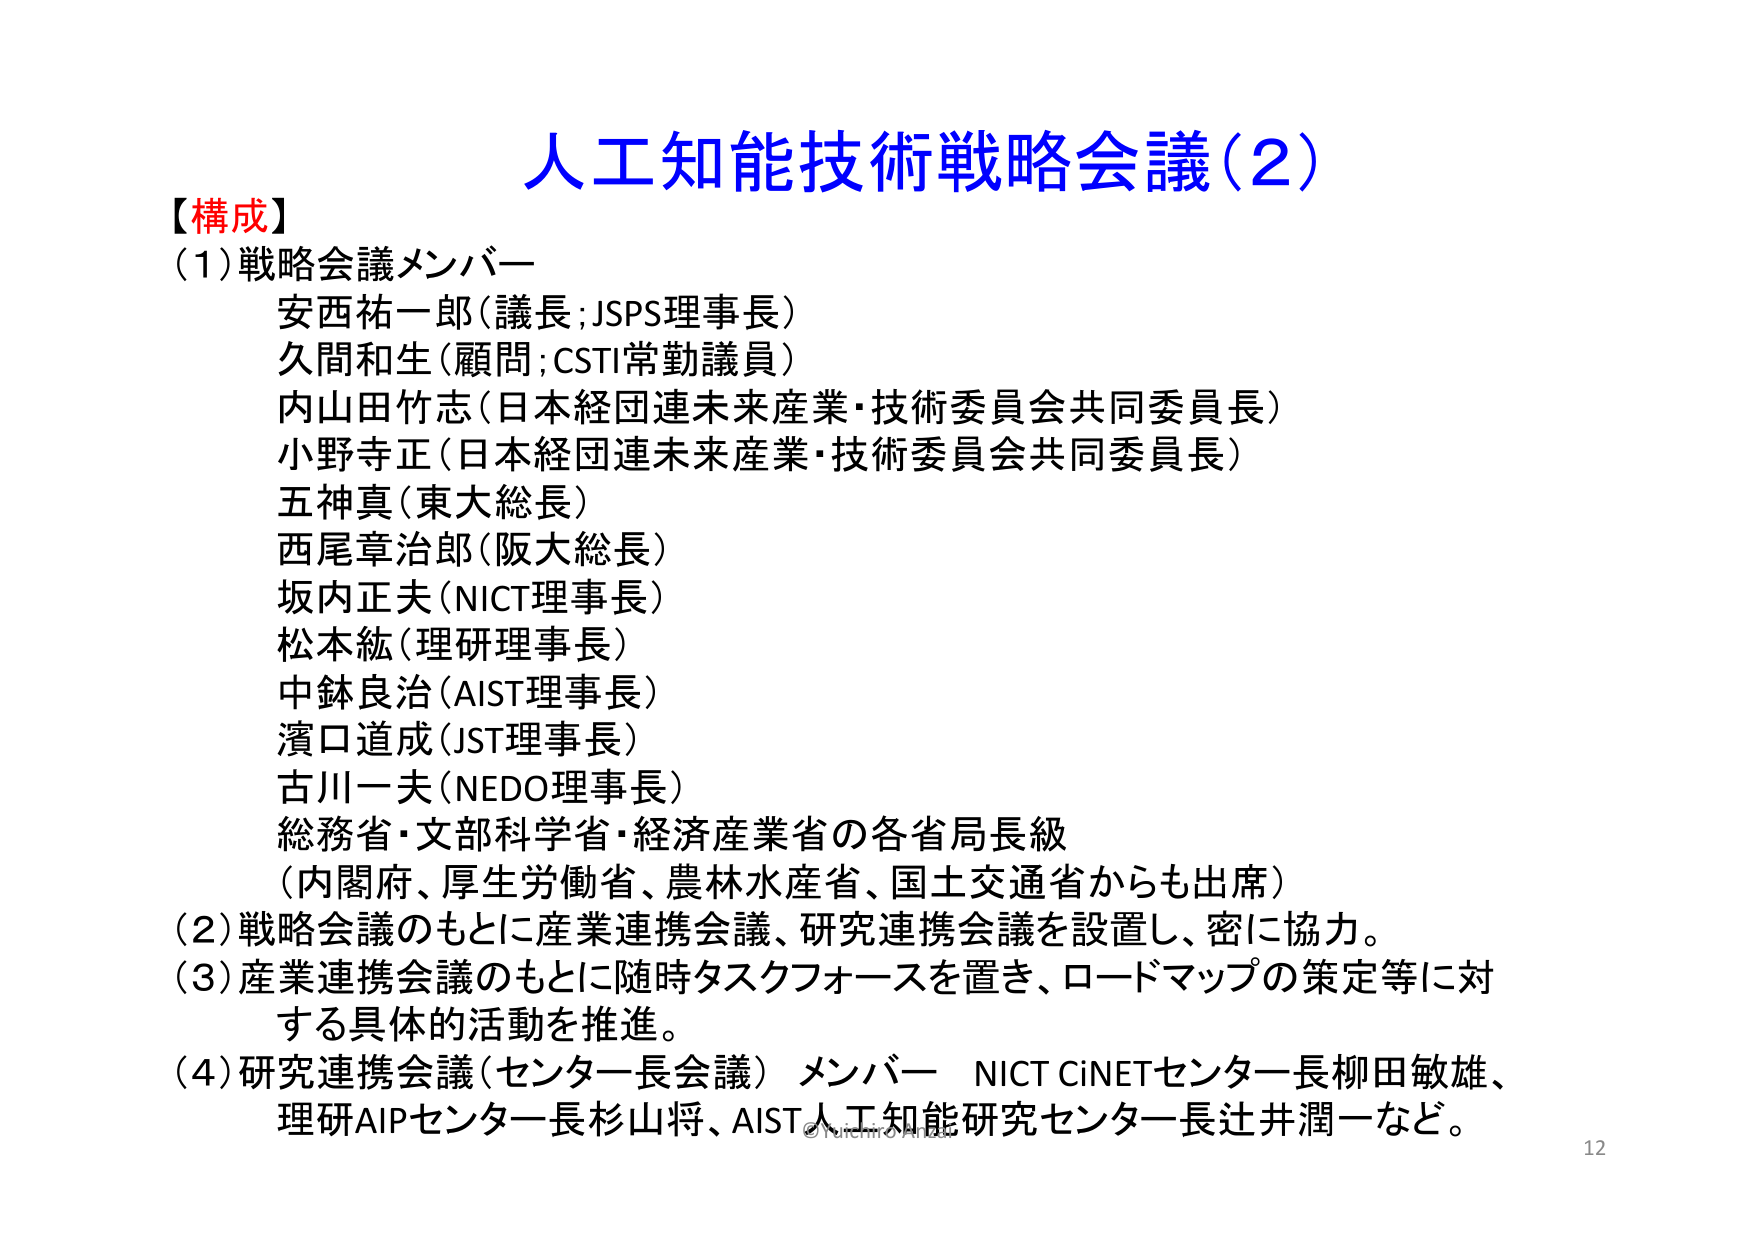
人工知能技術戦略会議(2)

【構成】
(1)戦略会議メンバー
安西祐一郎(議長;JSPS理事長)
久間和生(顧問;CSTI常勤議員)
内山田竹志(日本経団連未来産業・技術委員会共同委員長)
小野寺正(日本経団連未来産業・技術委員会共同委員長)
五神真(東大総長)
西尾章治郎(阪大総長)
坂内正夫(NICT理事長)
松本紘(理研理事長)
中鉢良治(AIST理事長)
濱口道成(JST理事長)
古川一夫(NEDO理事長)
総務省・文部科学省・経済産業省の各省局長級
(内閣府、厚生労働省、農林水産省、国土交通省からも出席)
(2)戦略会議のもとに産業連携会議、研究連携会議を設置し、密に協力。
(3)産業連携会議のもとに随時タスクフォースを置き、ロードマップの策定等に対
する具体的活動を推進。
(4)研究連携会議(センター長会議) メンバー NICT CiNETセンター長柳田敏雄、
理研AIPセンター長杉山将、AIST人工知能研究センター長辻井潤一など。

©Yuichiro Anzai
12